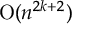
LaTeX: { \mathrm { O } } ( n ^ { 2 k + 2 } )